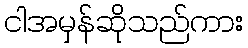
ငါအမှန်ဆိုသည်ကား